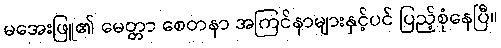
မအေးဖြူ၏ မေတ္တာ စေတနာ အကြင်နာများနှင့်ပင် ပြည့်စုံနေပြီ။